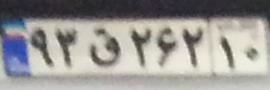
۹۳ق۲۶۲۱۰